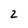
Character: 2